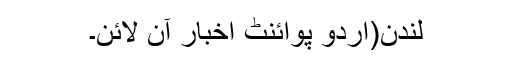
لندن(اُردو پوائنٹ اخبار آن لائن۔